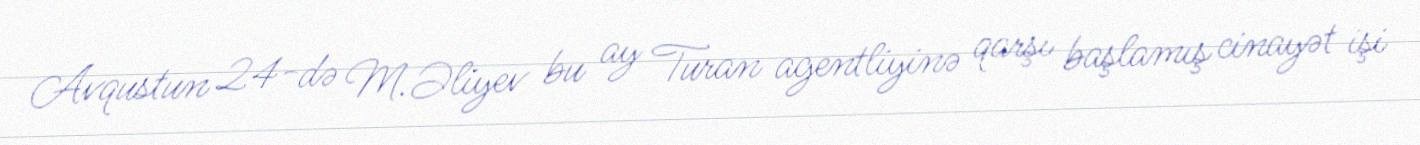
Avqustun 24-də M.Əliyev bu ay Turan agentliyinə qarşı başlamış cinayət işi